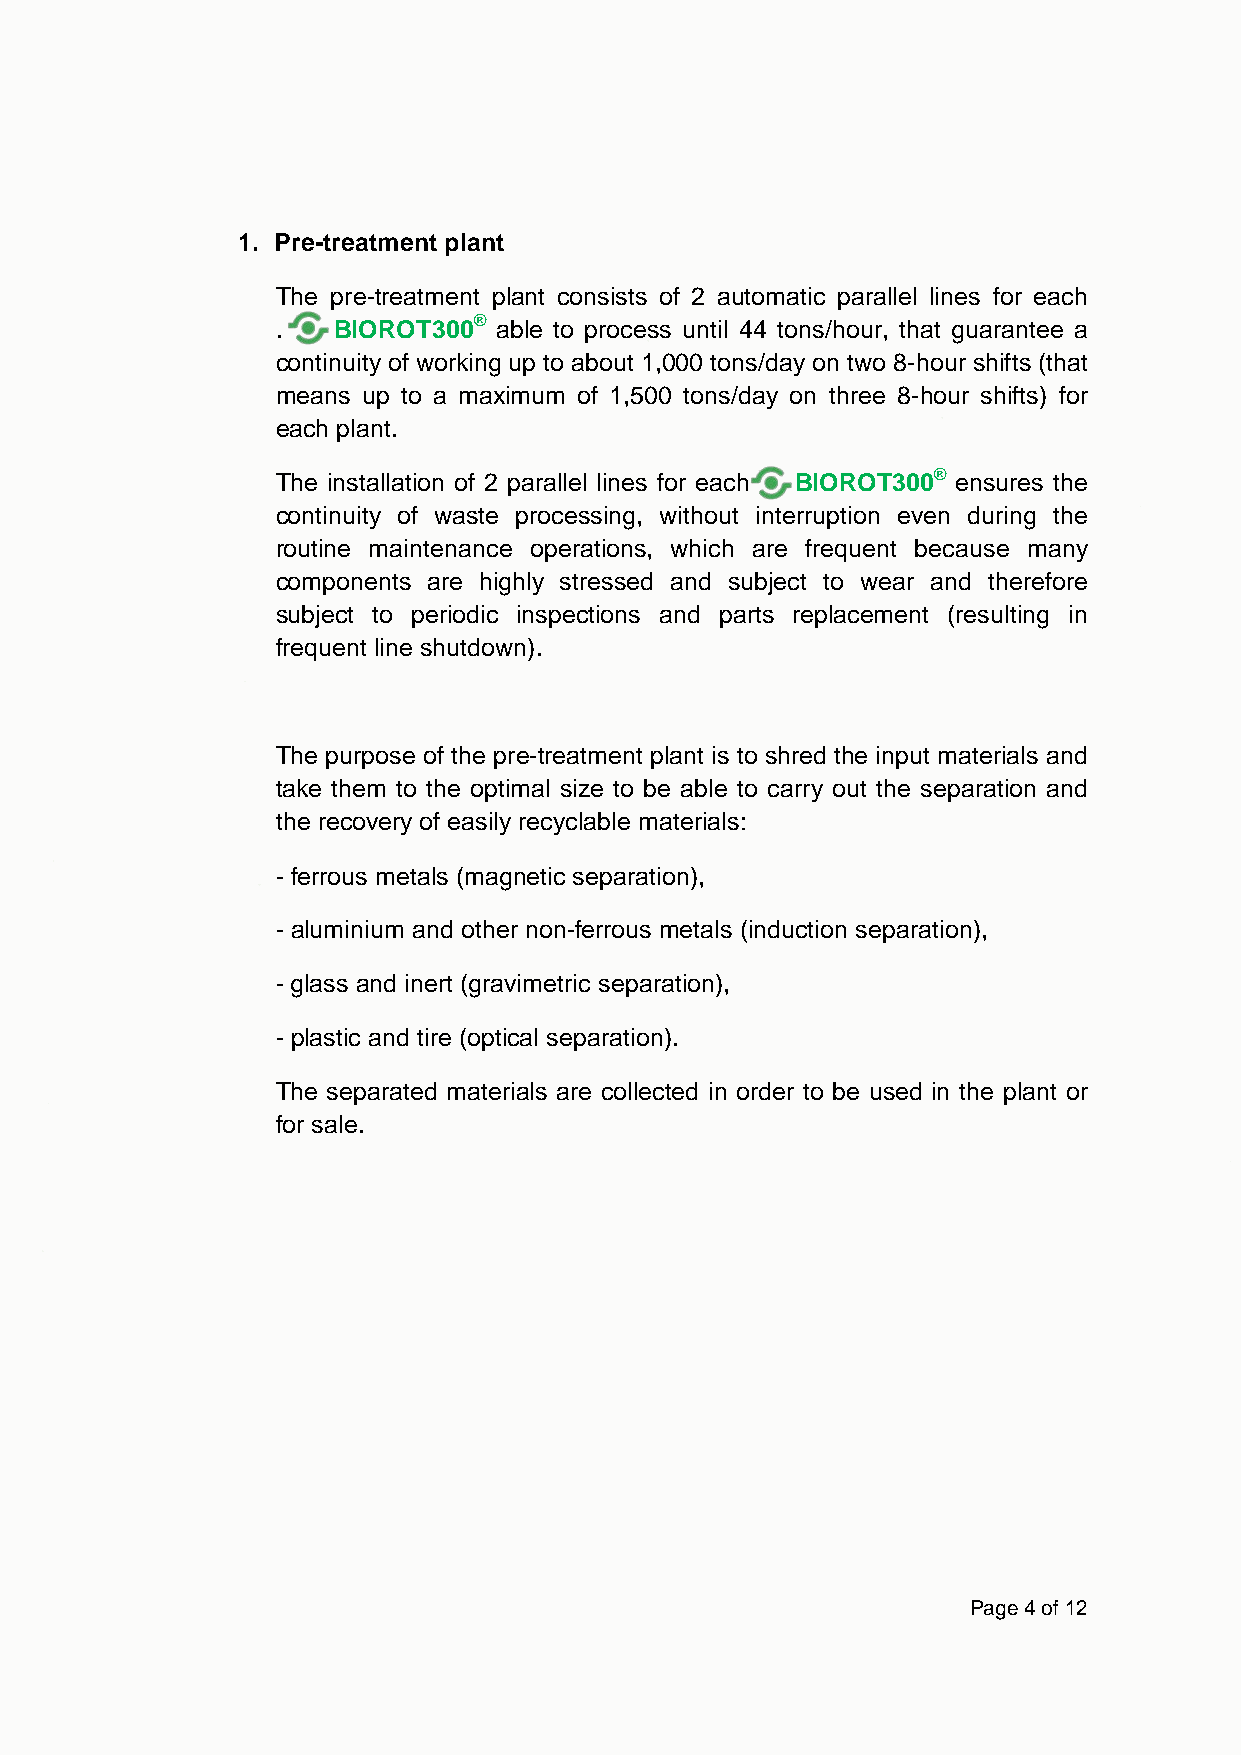
1. Pre-treatment plant
 The pre-treatment plant consists of 2 automatic parallel lines for each
 .   B IOROT300® able to process until 44 tons/hour, that guarantee a
 continuity of working up to about 1,000 tons/day on two 8-hour shifts (that
 means up to a maximum of 1,500 tons/day on three 8-hour shifts) for
 each plant.
 The installation of 2 parallel lines for eac h BIOROT300® ensures the
 continuity of waste processing, without inter ruption even during the
 routine maintenance operations, which are frequent because many
 components are highly stressed and subject to wear and therefore
 subject to periodic inspections and parts replacement (resulting in
 frequent line shutdown).
 The purpose of the pre-treatment plant is to shred the input materials and
 take them to the optimal size to be able to carry out the separation and
 the recovery of easily recyclable materials:
 - ferrous metals (magnetic separation),
 - aluminium and other non-ferrous metals (induction separation),
 - glass and inert (gravimetric separation),
 - plastic and tire (optical separation).
 The separated materials are collected in order to be used in the plant or
 for sale.
 Page 4 of 12